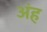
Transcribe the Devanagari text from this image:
अंह